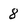
Character: 8